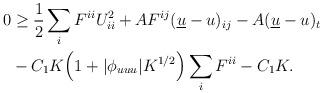
LaTeX: \begin{align*}\begin{aligned}0 &\geq \frac{1}{2} \sum_i F^{ii} U_{ii}^2 + A F^{ij} (\underline{u} -u)_{ij} - A(\underline{u} - u)_t \\&- C_1 K \Big(1 + |\phi_{uuu}| K^{1/2}\Big) \sum_i F^{ii} - C_1 K.\end{aligned}\end{align*}